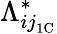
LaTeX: \Lambda_{{ij}_{\mathrm{1C}}}^{*}